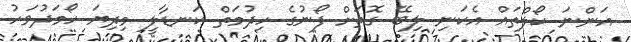
އަންނަ ކޯލްތައް އެކަނި ލިބޭ ގޮތަށް ފޯނުގެ ހިދުމަތް ކަނޑާލީ މިދިޔަ ހޯމަދުވަހު